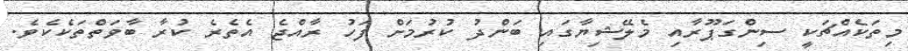
މިތަކެއްޗަކީ ސިންގަޕޫރާއި މެލޭޝިޔާގައި ބަންދު ކުރުމަށް ފަހު ރާއްޖެ އެތެރެ ކުރާ ބާވަތްތަކެކެވެ.